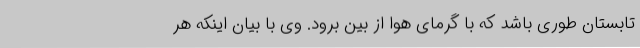
تابستان طوری باشد که با گرمای هوا از بین برود. وی با بیان اینکه هر